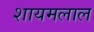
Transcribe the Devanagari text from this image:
शायमलाल